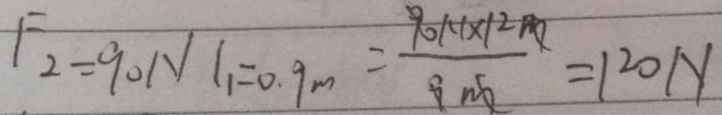
F _ { 2 } = 9 0 N l _ { 1 } = 0 . 9 m = \frac { 9 0 N \times 1 2 m } { 9 m } = 1 2 0 N